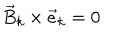
{ \vec { B } } _ { k } \times { \vec { e } } _ { k } = 0